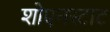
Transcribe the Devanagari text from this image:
शोएनस्टाट